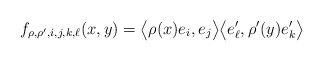
\begin{align*} f_{\rho,\rho',i,j,k,\ell}(x,y) = \bigl\langle \rho(x) e_i, e_j \bigr\rangle \bigl\langle e'_\ell, \rho'(y) e'_k \bigr\rangle\end{align*}